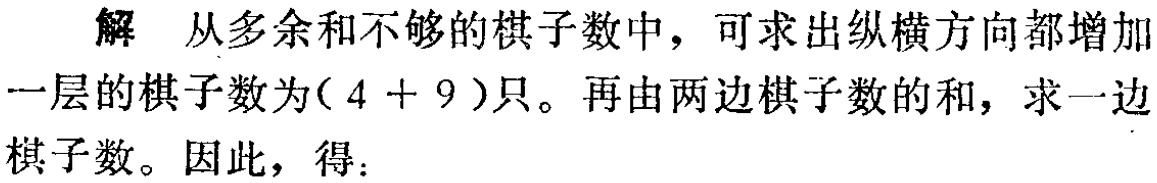
解 从多余和不够的棋子数中，可求出纵横方向都增加一层的棋子数为\((4 + 9)\)只。再由两边棋子数的和，求一边棋子数。因此，得：